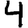
Digit: 4